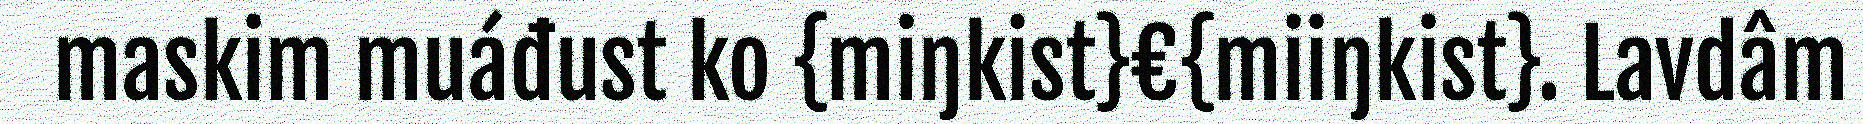
maskim muáđust ko {miŋkist}€{miiŋkist}. Lavdâm